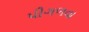
પીગળવા